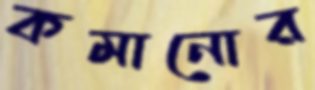
কমানোর